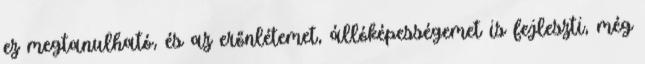
ez megtanulható, és az erőnlétemet, állóképességemet is fejleszti, még